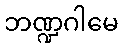
ဘဏ္ဍဂါမေ